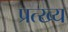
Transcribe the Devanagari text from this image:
प्रत्ख्य